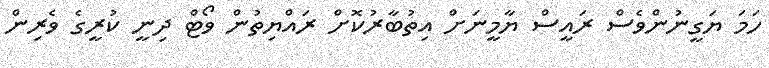
ހަމަ ޔަގީނުންވެސް ރައީސް ޔާމީނަށް އިތުބާރުކޮށް ރައްޔިތުން ވޯޓް ދިނީ ކުރީގެ ވެރިން